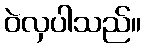
ဝဲလှပါသည်။